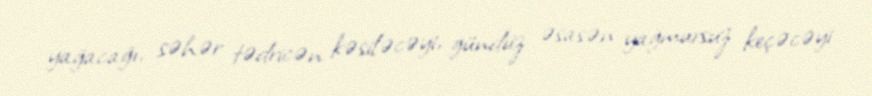
yağacağı, səhər tədricən kəsiləcəyi, gündüz əsasən yağmursuz keçəcəyi